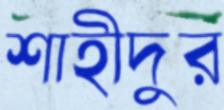
শাহীদুর